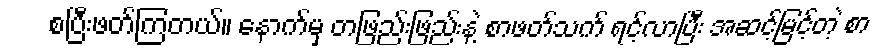
စပြီးဖတ်ကြတယ်။ နောက်မှ တဖြည်းဖြည်းနဲ့ စာဖတ်သက် ရင့်လာပြီး အဆင့်မြင့်တဲ့ စာ